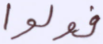
فولوا